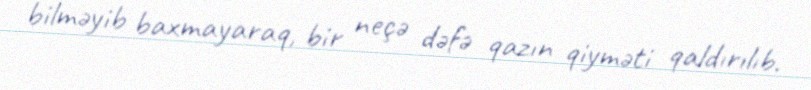
bilməyib baxmayaraq, bir neçə dəfə qazın qiyməti qaldırılıb.